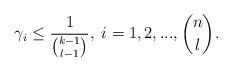
LaTeX: \begin{align*} \gamma_i \leq \frac{1}{\binom{k-1}{l-1}},\; i=1,2,...,\binom{n}{l}.\end{align*}